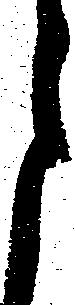
月